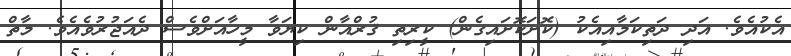
އެކުއެވެ. އަދި ދަތިކަމާއިއެކު (ކޮށަކޮށައިގެން) ކީރިތި ޤުރްއާން ކިޔަވާ މީހާއަށްވެސް ދެއަޖުރުވެއެވެ. މާތް